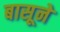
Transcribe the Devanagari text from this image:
बासूने